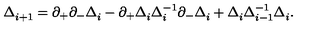
\Delta _ { i + 1 } ^ { } = \partial _ { + } \partial _ { - } \Delta _ { i } ^ { } - \partial _ { + } \Delta _ { i } ^ { } \Delta _ { i } ^ { - 1 } \partial _ { - } \Delta _ { i } ^ { } + \Delta _ { i } ^ { } \Delta _ { i - 1 } ^ { - 1 } \Delta _ { i } ^ { } .